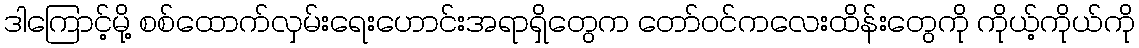
ဒါကြောင့်မို့ စစ်ထောက်လှမ်းရေးဟောင်းအရာရှိတွေက တော်ဝင်ကလေးထိန်းတွေကို ကိုယ့်ကိုယ်ကို